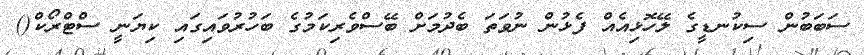
ސަބަބުން ސިކުނޑީގެ ލޭހޮޅިއެއް ފެޅުން ނުވަތަ ބެދުމަށް ބޭސްވެރިކަމުގެ ބަހުރުވައިގައި ކިޔަނީ ސްޓްރޯކް()